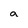
Character: a